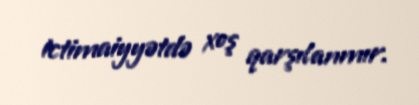
ictimaiyyətdə xoş qarşılanmır.